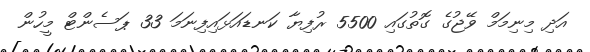
އަދި މިނިމަމް ވޭޖުގެ ގޮތުގައި 5500 ރުފިޔާ ކަނޑައަޅައިފިނަމަ 33 ޕަސެންޓް މީހުން